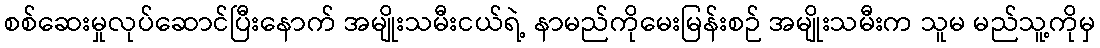
စစ်ဆေးမှုလုပ်ဆောင်ပြီးနောက် အမျိုးသမီးငယ်ရဲ့ နာမည်ကိုမေးမြန်းစဉ် အမျိုးသမီးက သူမ မည်သူ့ကိုမှ